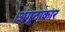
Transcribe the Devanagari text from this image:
।अंगूठाकार